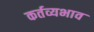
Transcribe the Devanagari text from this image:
कर्तव्यभाव